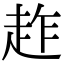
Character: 䞢